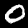
Label: 0